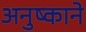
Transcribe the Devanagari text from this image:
अनुष्काने